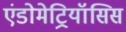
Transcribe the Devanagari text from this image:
एंडोमेट्रियॉसिस